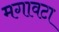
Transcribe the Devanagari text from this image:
मगावटा